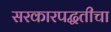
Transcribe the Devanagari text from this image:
सरकारपद्धतीचा